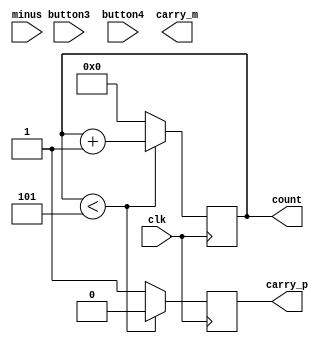
module mod_06_re_counter(minus,button3,button4,clk,count,carry_p,carry_m);
    output reg [3:0] count;
	 output reg carry_p;
	 output carry_m;
	 input minus;
	 input button3;
	 input button4;
    input clk;
	 
	 reg [3:0] counter_out;
	 reg carry_p_out;
	 reg carry_m_out;
	 
	 always@(posedge clk)
	 begin
	 
	 if(count < 5)
	 begin
	 count <= count + 1;
	 carry_p <=0;
	 end
	 else
	 begin
	 count <= 0;
	 carry_p <= 1;
	 end
	 end
	 
	/*
	 always @(posedge clk or posedge minus)
    begin
	 if(minus)
	 begin
	 if (counter_out > 0 && !minus) //////////min mod
		begin
		   carry_m_out <=0;
			counter_out <= counter_out - 1;
		end
	 else if(counter_out == 0 && !minus)
		begin
			counter_out <= counter_out + 5;
			carry_m_out <= carry_m_out + 1;
		end
	 else
		begin
			counter_out <= 0;
		end
		end
	else 
	  begin
	  if(counter_out < 5)
      begin
		  carry_p_out <=0;
        counter_out <= counter_out + clk;
      end
	 else if(counter_out == 5 && !minus)
      begin
		  counter_out <= 0;
		  carry_p_out <= carry_p_out +1;
		end
		end
		end
	 
	 
	 assign count = counter_out;
	 assign carry_p = carry_p_out;
	 assign carry_m = carry_m_out;
	 */
endmodule